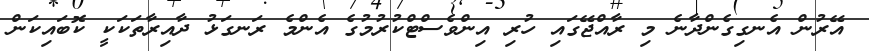
އޭރުން އެނގިގެންދާނެ މި ރާއްޖޭގައި ހުރި އިންވެސްޓްކުރުމުގެ އެންމެ ރަނގަޅު ދާއިރާތަކަކީ ކޮބައިކަން